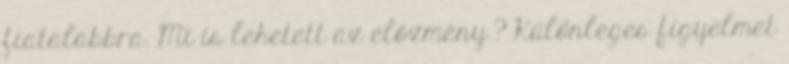
fiatalabbra. Mi is lehetett az előzmény ? Különleges figyelmet